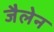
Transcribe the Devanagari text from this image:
जैलेन